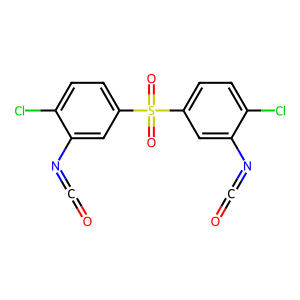
SMILES: O=C=Nc1cc(S(=O)(=O)c2ccc(Cl)c(N=C=O)c2)ccc1Cl
Inhibits HIV replication: No